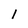
Character: 1